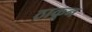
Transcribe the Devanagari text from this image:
ठाकून